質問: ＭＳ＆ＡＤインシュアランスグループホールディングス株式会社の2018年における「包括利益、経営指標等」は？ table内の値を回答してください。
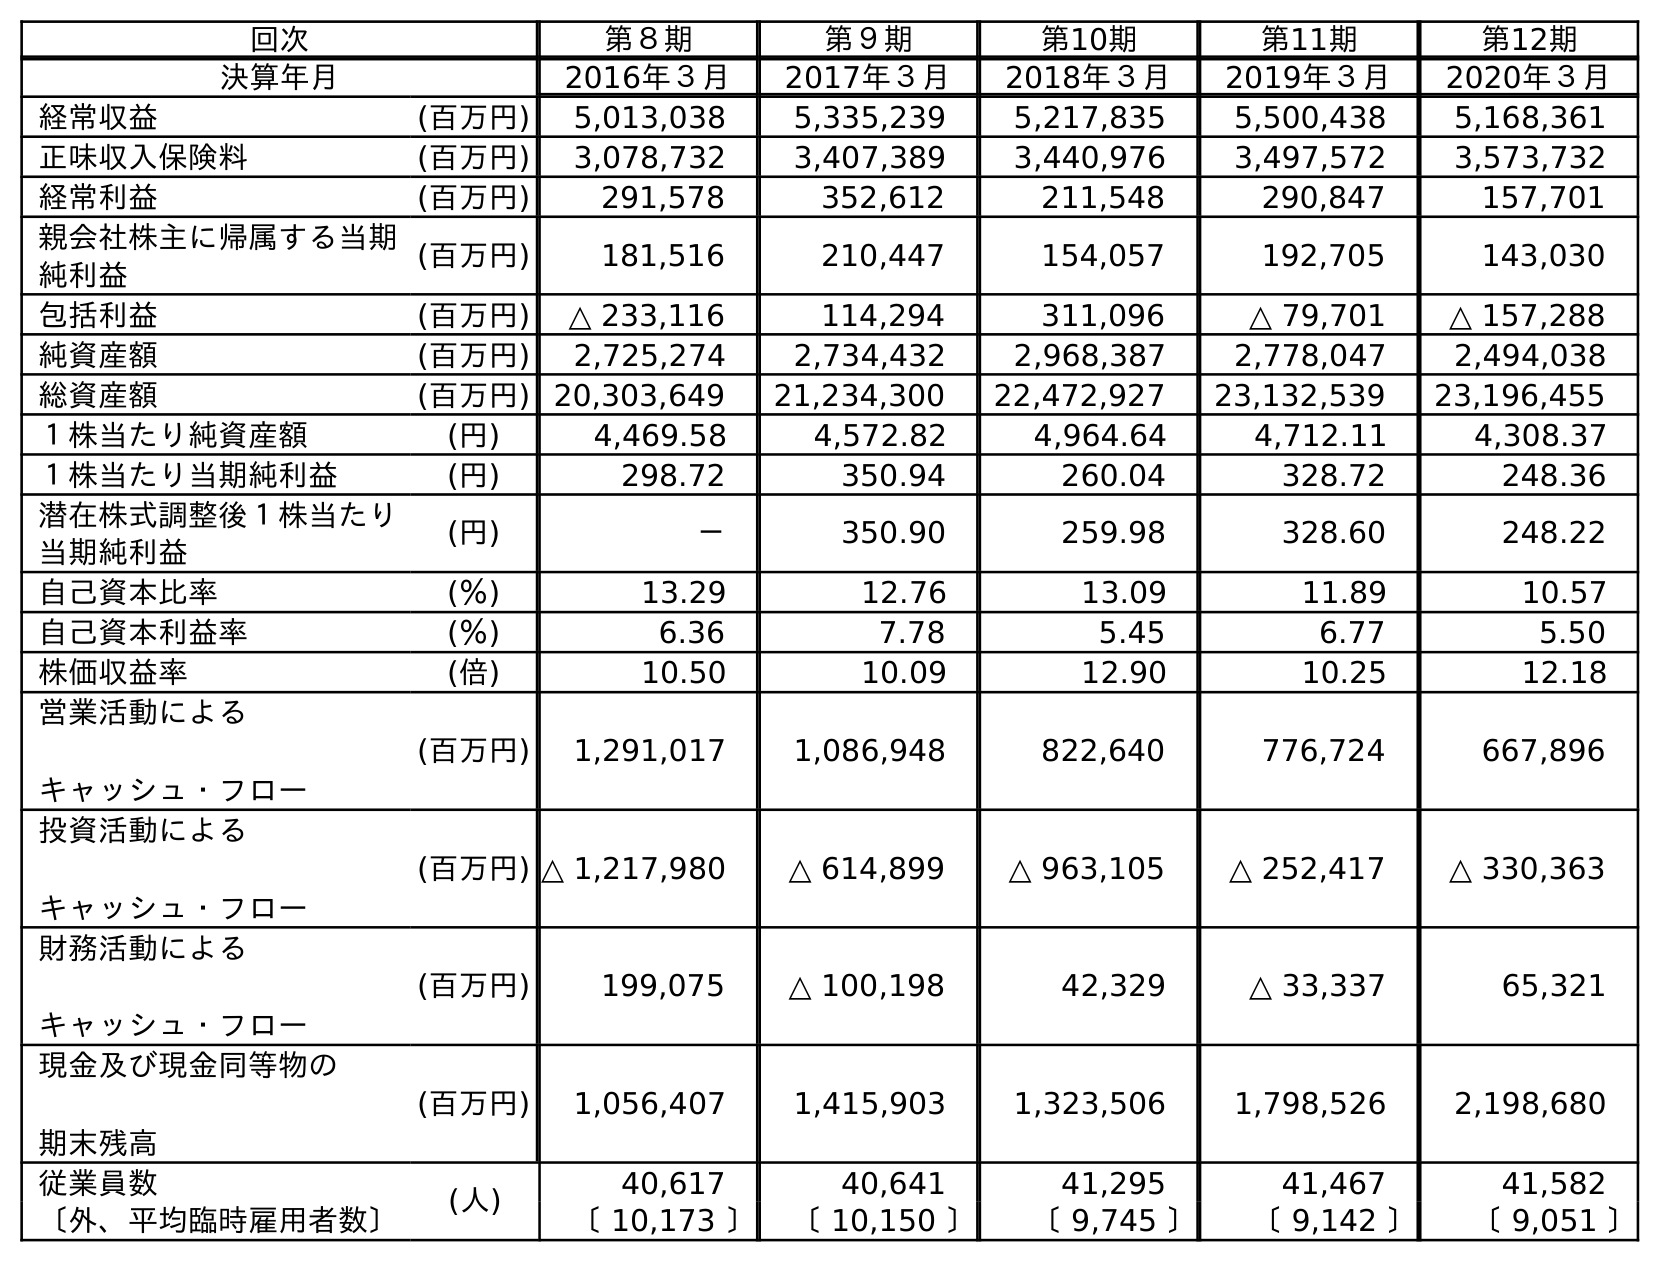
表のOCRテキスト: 回次 第８期 第９期 第10期 第11期 第12期 決算年月 2016年３月 2017年３月 2018年３月 2019年３月 2020年３月 経常収益 (百万円) 5,013,038 5,335,239 5,217,835 5,500,438 5,168,361 正味収入保険料 (百万円) 3,078,732 3,407,389 3,440,976 3,497,572 3,573,732 経常利益 (百万円) 291,578 352,612 211,548 290,847 157,701 親会社株主に帰属する当期 純利益 (百万円) 181,516 210,447 154,057 192,705 143,030 包括利益 (百万円) △ 233,116 114,294 311,096 △ 79,701 △ 157,288 純資産額 (百万円) 2,725,274 2,734,432 2,968,387 2,778,047 2,494,038 総資産額 (百万円) 20,303,649 21,234,300 22,472,927 23,132,539 23,196,455 １株当たり純資産額 (円) 4,469.58 4,572.82 4,964.64 4,712.11 4,308.37 １株当たり当期純利益 (円) 298.72 350.94 260.04 328.72 248.36 潜在株式調整後１株当たり 当期純利益 (円) － 350.90 259.98 328.60 248.22 自己資本比率 (％) 13.29 12.76 13.09 11.89 10.57 自己資本利益率 (％) 6.36 7.78 5.45 6.77 5.50 株価収益率 (倍) 10.50 10.09 12.90 10.25 12.18 営業活動による キャッシュ・フロー (百万円) 1,291,017 1,086,948 822,640 776,724 667,896 投資活動による キャッシュ・フロー (百万円) △ 1,217,980 △ 614,899 △ 963,105 △ 252,417 △ 330,363 財務活動による キャッシュ・フロー (百万円) 199,075 △ 100,198 42,329 △ 33,337 65,321 現金及び現金同等物の 期末残高 (百万円) 1,056,407 1,415,903 1,323,506 1,798,526 2,198,680 従業員数 (人) 40,617 40,641 41,295 41,467 41,582 〔外、平均臨時雇用者数〕 〔 10,173 〕 〔 10,150 〕 〔 9,745 〕 〔 9,142 〕 〔 9,051 〕
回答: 311,096